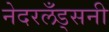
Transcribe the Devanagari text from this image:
नेदरलँड्सनी